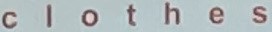
C l o t h e s